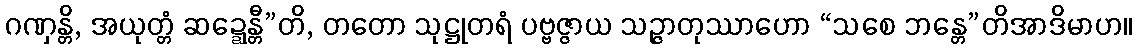
ဂဏှန္တိ, အယုတ္တံ ဆဍ္ဍေန္တီ”တိ, တတော သုဋ္ဌုတရံ ပဗ္ဗဇ္ဇာယ သဉ္ဇာတုဿာဟော “သစေ ဘန္တေ”တိအာဒိမာဟ။